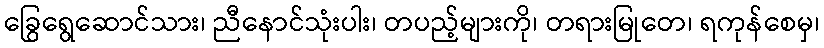
ခြွေရွေဆောင်သား၊ ညီနောင်သုံးပါး၊ တပည့်များကို၊ တရားမြုတေ၊ ရကုန်စေမှ၊